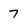
Character: 7